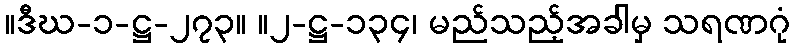
။ဒီဃ-၁-ဋ္ဌ-၂၇၃။ ။၂-ဋ္ဌ-၁၃၄၊ မည်သည့်အခါမှ သရဏဂုံ